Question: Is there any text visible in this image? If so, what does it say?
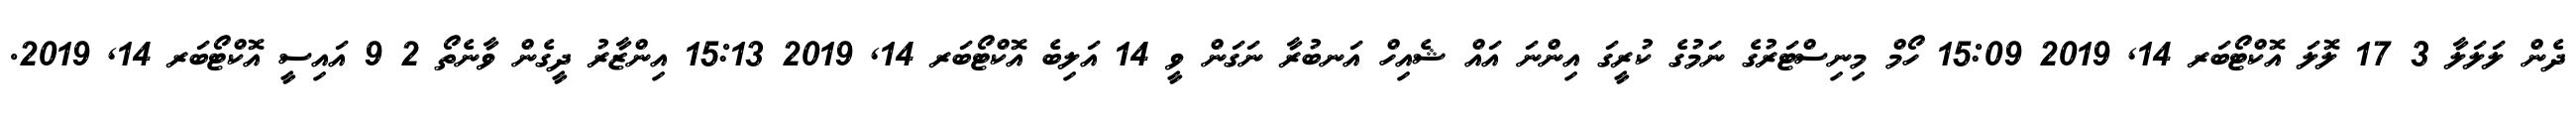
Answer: ދެން ލަލަލާ 3 17 ލޮލަ އޮކްޓޯބަރ 14, 2019 15:09 ހޯމް މިނިސްޓަރުގެ ނަމުގެ ކުރީގަ އިންނަ އައް ޝެއިހް އަނބުރާ ނަގަން ވީ 14 އަލިބެ އޮކްޓޯބަރ 14, 2019 15:13 އިންޒާރު ދީގެން ވާނެތޯ 2 9 އައިސީ އޮކްޓޯބަރ 14, 2019.